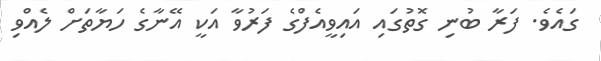
ގައެވެ. ފަރާ ބުނި ގޮތުގައި އައިވީއެފްގެ ފަރުވާ އަކީ އޭނާގެ ހަޔާތަށް ލެއްވި